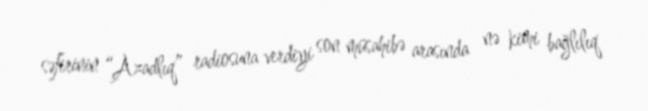
səfirinin “Azadlıq” radiosuna verdiyi son müsahibə arasında nə kimi bağlılıq